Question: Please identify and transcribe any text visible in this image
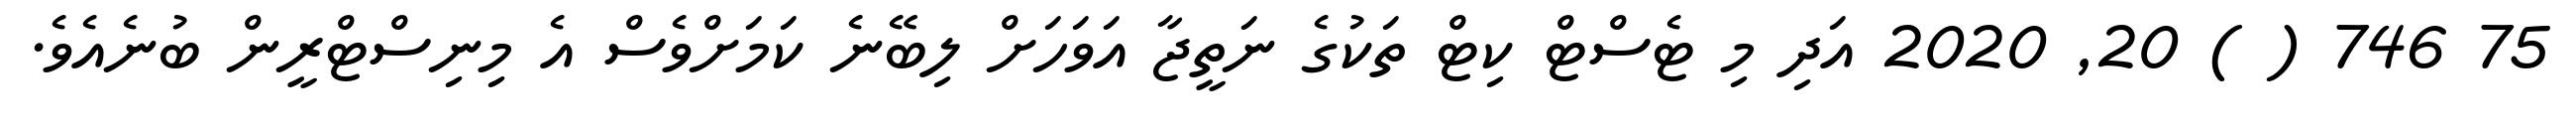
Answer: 75 746 ( ) 20, 2020 އަދި މި ޓެސްޓް ކިޓް ތަކުގެ ނަތީޖާ އަވަހަށް ލިބޭނެ ކަމަށްވެސް އެ މިނިސްޓްރީން ބުނެއެވެ.